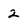
Character: 2